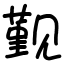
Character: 觐